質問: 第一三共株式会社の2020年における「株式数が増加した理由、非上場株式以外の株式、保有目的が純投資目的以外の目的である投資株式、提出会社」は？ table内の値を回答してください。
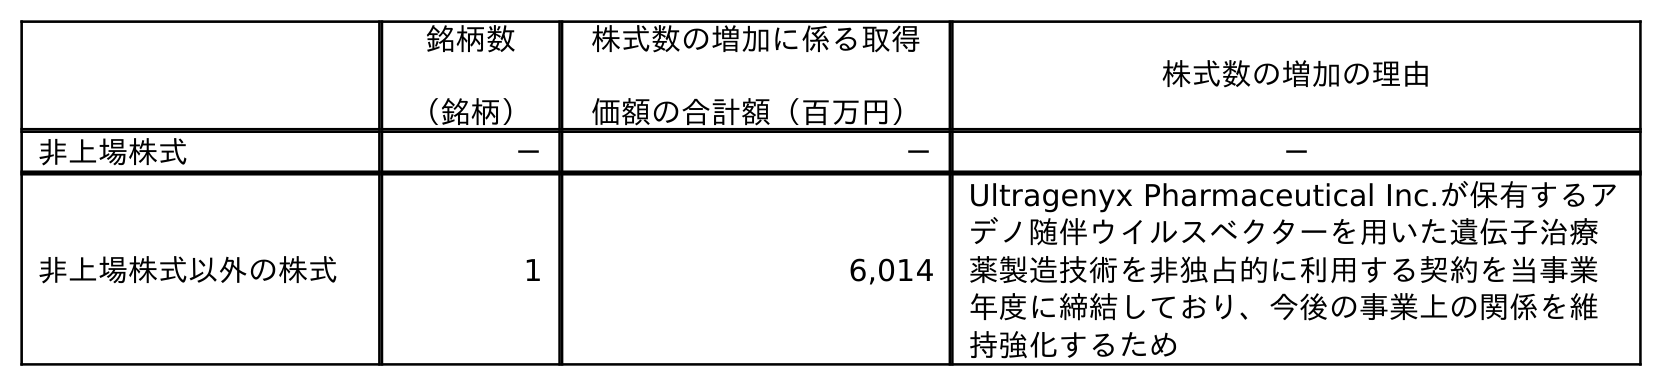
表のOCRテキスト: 銘柄数 （銘柄） 株式数の増加に係る取得 価額の合計額（百万円） 株式数の増加の理由 非上場株式 － － － 非上場株式以外の株式 1 6,014 Ultragenyx Pharmaceutical Inc.が保有するア デノ随伴ウイルスベクターを用いた遺伝子治療 薬製造技術を非独占的に利用する契約を当事業 年度に締結しており、今後の事業上の関係を維 持強化するため
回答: Ultragenyx Pharmaceutical Inc.が保有するアデノ随伴ウイルスベクターを用いた遺伝子治療薬製造技術を非独占的に利用する契約を当事業年度に締結しており、今後の事業上の関係を維持強化するため